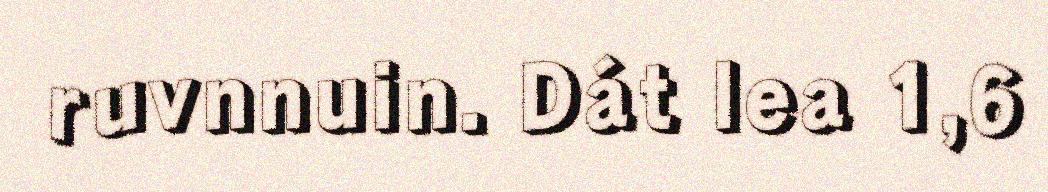
ruvnnuin. Dát lea 1,6